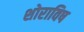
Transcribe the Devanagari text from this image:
शोराविष